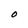
Character: O